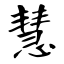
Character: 慧